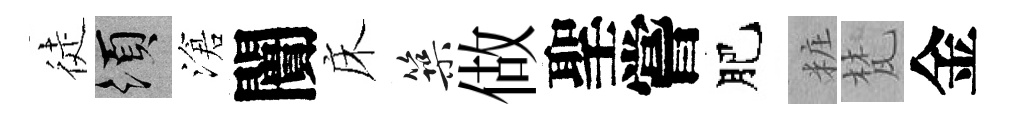
徒須滄闠床築做聖嘗肥粧梵金